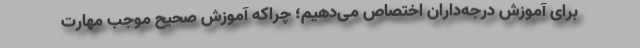
برای آموزش درجه‌داران اختصاص می‌دهیم؛ چراکه آموزش صحیح موجب مهارت